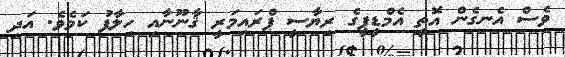
ވެސް އެނގެން އޮތީ އެމްޑީޕީގެ ރިޔާސީ ޕްރައިމަރީ ޤާނޫނާއި ހިލާފު ކަމެވެެ. އަދި